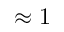
\approx 1